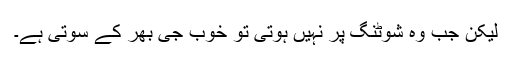
لیکن جب وہ شوٹنگ پر نہیں ہوتی تو خوب جی بھر کے سوتی ہے۔